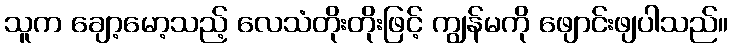
သူက ချော့မော့သည့် လေသံတိုးတိုးဖြင့် ကျွန်မကို ဖျောင်းဖျပါသည်။